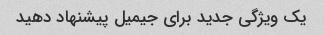
یک ویژگی جدید برای جیمیل پیشنهاد دهید